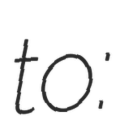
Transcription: to: